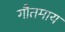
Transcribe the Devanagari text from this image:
गौतमाय